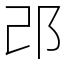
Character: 邔